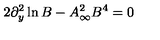
2 \partial _ { y } ^ { 2 } \ln B - A _ { \infty } ^ { 2 } B ^ { 4 } = 0